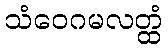
သံဝေဂမလတ္ထံ